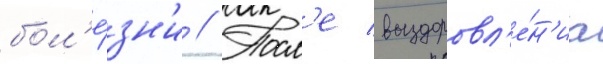
бол'е́зн'и // Посл'е выздоровл'е́н'иа